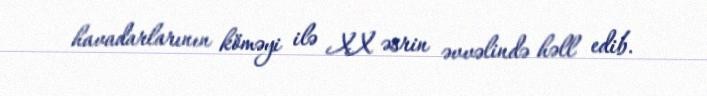
havadarlarının köməyi ilə XX əsrin əvvəlində həll edib.